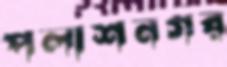
পলাশনগর